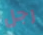
رجل